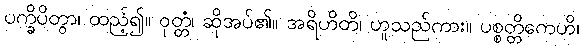
ပက္ခိပိတွာ၊ ထည့်၍။ ဝုတ္တံ၊ ဆိုအပ်၏။ အရိဟိတိ၊ ဟူသည်ကား။ ပစ္စတ္တိကေဟိ၊